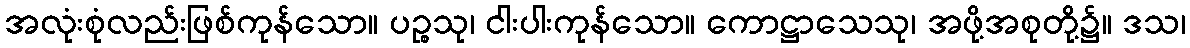
အလုံးစုံလည်းဖြစ်ကုန်သော။ ပဉ္စသု၊ ငါးပါးကုန်သော။ ကောဋ္ဌာသေသု၊ အဖို့အစုတို့၌။ ဒသ၊